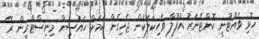
ހޮޅި ވެއްޓުނީ ކޮންޓޭނަރު އުފުލާ ވެހިކަލަކުން ޖެހިގެން ކަމަށް ހައުސިން މިނިސްޓްރީން ރޭ